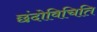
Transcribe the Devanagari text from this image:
छंदोविचिति